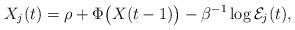
LaTeX: \begin{align*} X_j(t) = \rho + \Phi \bigl(X(t-1) \bigr) -\beta^{-1} \log\mathcal{E}_j (t),\end{align*}